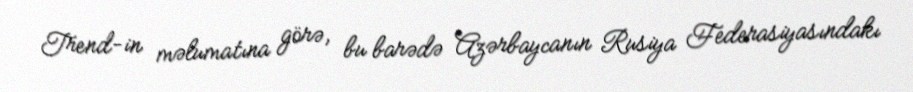
Trend-in məlumatına görə, bu barədə Azərbaycanın Rusiya Federasiyasındakı